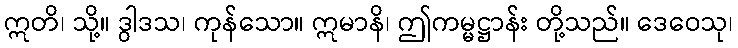
ဣတိ၊ သို့။ ဒွါဒသ၊ ကုန်သော။ ဣမာနိ၊ ဤကမ္မဋ္ဌာန်း တို့သည်။ ဒေဝေသု၊